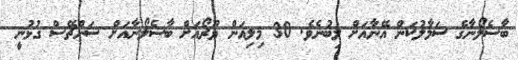
ބާސެލޯނާގެ ސަމާލުކަން އޭނާއަށް ލިބުނެވެ. 30 މިލިއަން ޔޫރޯއަށް ބާސެލޯނާއަށް ސަންޗޭސް ގުޅުނީ